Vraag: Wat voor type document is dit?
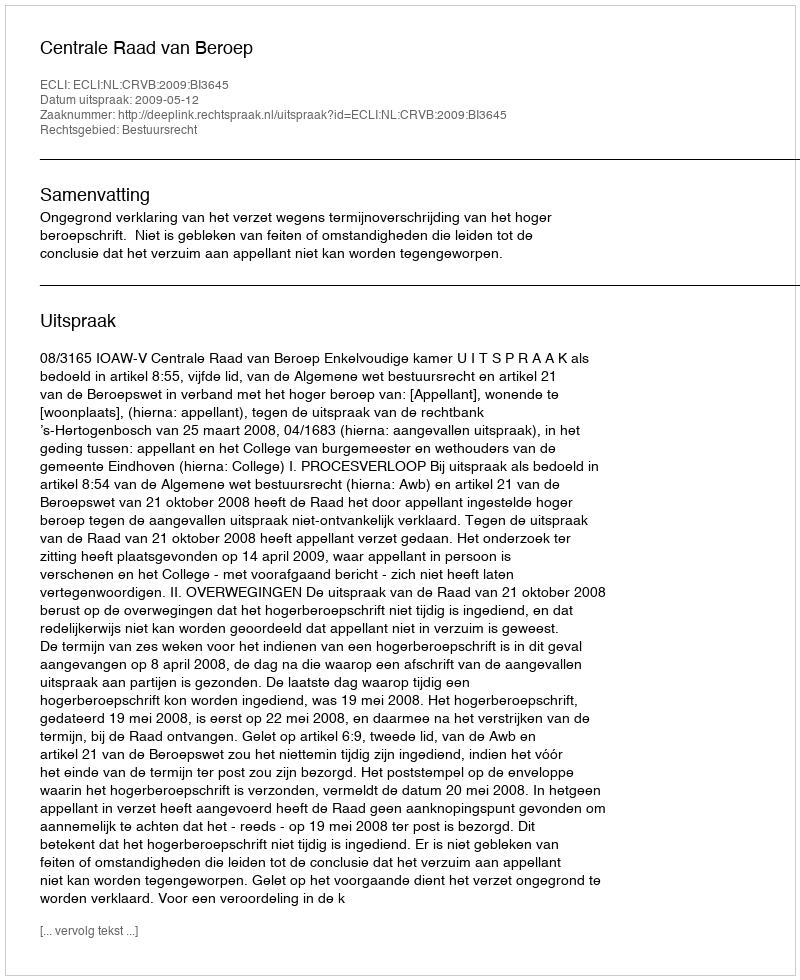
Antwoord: Uitspraak